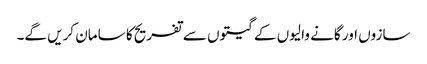
سازوں اور گانے والیوں کے گیتوں سے تفریح کا سامان کریں گے۔